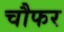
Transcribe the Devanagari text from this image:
चौफर